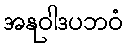
အနုဝါဒပဘဝံ